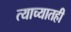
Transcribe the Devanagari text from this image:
त्याच्यातही